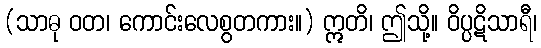
(သာဓု ဝတ၊ ကောင်းလေစွတကား။) ဣတိ၊ ဤသို့။ ဝိပ္ပဋိသာရီ၊